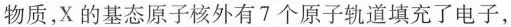
物质，X的基态原子核外有7个原子轨道填充了电子，